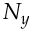
N _ { y }